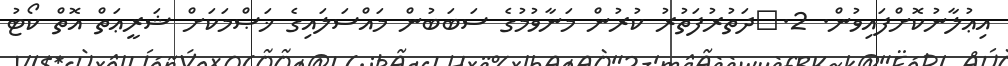
އިޢުލާނުކޮށްފައިވުން. 2.	ދަތުރުފަތުރު ކުރުން މަނާވުމުގެ ސަބަބުން މައްސަލައިގެ ޚަޞްމަކަށް ޝަރީޢަތް އޮތް ކޯޓު